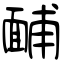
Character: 䩉